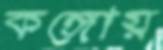
কঙ্গোয়